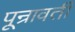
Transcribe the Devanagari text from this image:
पून्रावर्ती